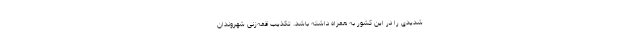
شدیدی را در این کشور به همراه داشته باشد. تکذیب قمه‌زنی شهروندان